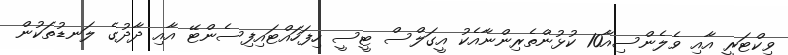
ވިކްޓަރީ އާއި ވެލެންސިއާ10 ކުޅުންތެރިންނާއެކު އީގަލްސް ޓީސީ ހިފަހައްޓައިފިސެންޓޭ އާއި ދާދުގެ ލަނޑުތަކުން